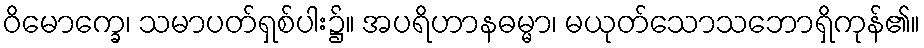
ဝိမောက္ခေ၊ သမာပတ်ရှစ်ပါး၌။ အပရိဟာနဓမ္မာ၊ မယုတ်သောသဘောရှိကုန်၏။